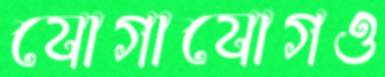
যোগাযোগও